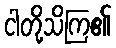
ငါတို့သိကြ၏